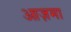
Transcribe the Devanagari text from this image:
आज़मा